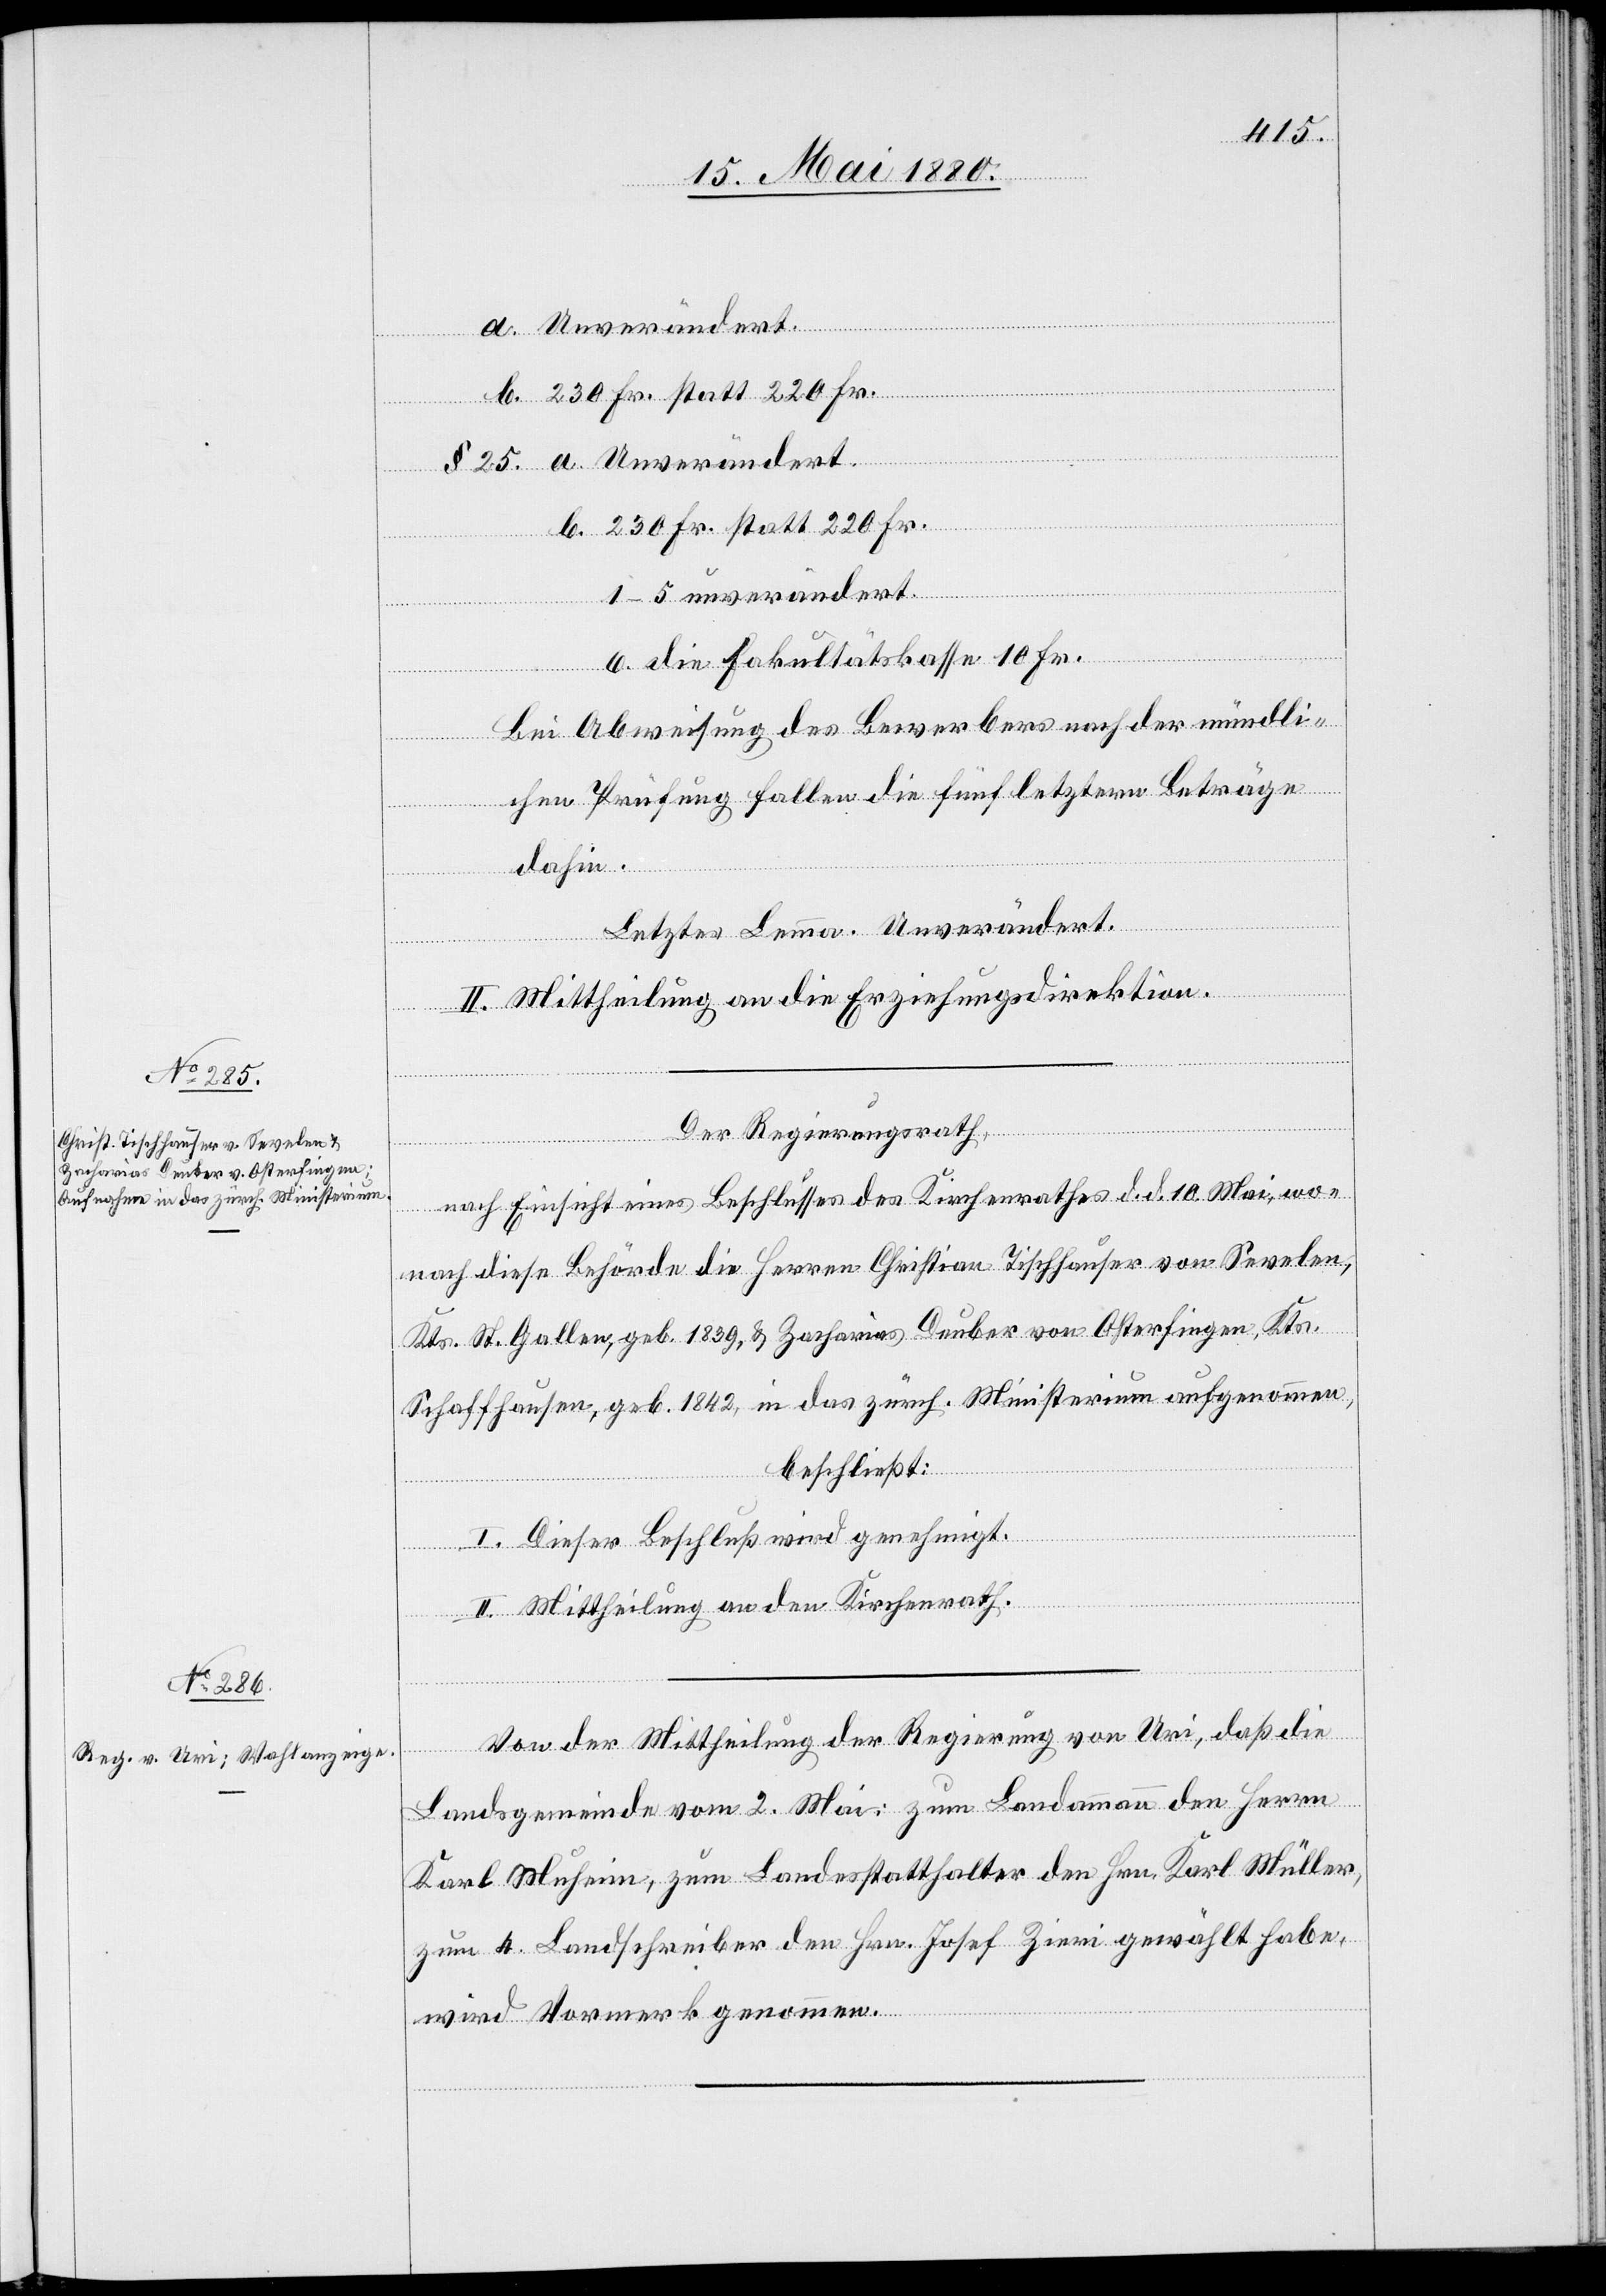
a. Unverändert.
b. 230 Fr. statt 220 Fr.
§ 25. a. Unverändert.
b. 230 Fr. statt 220 Fr.
1–5 unverändert.
6. die Fakultätskasse 10 Fr.
Bei Abweisung des Bewerbers nach der mündli¬
chen Prüfung fallen die fünf letztern Beträge
dahin.
Letztes Lemma. Unverändert.
II. Mittheilung an die Erziehungsdirektion.
Der Regierungsrath,
nach Einsicht eines Beschlusses des Kirchenrathes d. d. 10. Mai, wo¬
nach diese Behörde die Herren Christian Tischhauser von Sevelen,
Kts. St. Gallen, geb. 1839, & Zacharias Deuber von Osterfingen, Kts.
Schaffhausen, geb. 1842, in das zürch. Ministerium aufgenommen,
beschließt:
I. Dieser Beschluß wird genehmigt.
II. Mittheilung an den Kirchenrath.
Von der Mittheilung der Regierung von Uri, daß die
Landsgemeinde vom 2. Mai: zum Landammann den Herrn
Karl Muheim, zum Landesstatthalter den Hrn. Karl Müller,
zum 4. Landschreiber den Hrn. Josef Zirri gewählt habe,
wird Vormerk genommen.